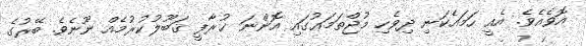
އޮވެއެވެ. އެއީ ހަމައެކަނި ދިވެހި މުޖްތަމަޢުގައި އޮންނަ ޚުރާފީ ޤަބޫލުކުރުމެއް ނޫނެވެ. ބޭރުގެ